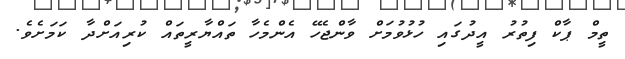
ތީމް ޕާކް ފިތުރު އީދުގައި ހުޅުވުމަށް ވާންޖެހޭ އެންމެހާ ތައްޔާރީތައް ކުރިއަށްދާ ކަމަށެެވެ.